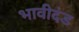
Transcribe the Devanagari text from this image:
भावीदंड